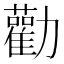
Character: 勸